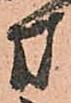
方